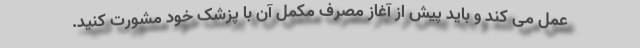
عمل می کند و باید پیش از آغاز مصرف مکمل آن با پزشک خود مشورت کنید.